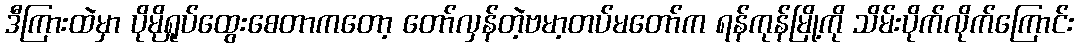
ဒီကြားထဲမှာ ပိုမိုရှုပ်ထွေးစေတာကတော့ တော်လှန်တဲ့ဗမာ့တပ်မတော်က ရန်ကုန်မြို့ကို သိမ်းပိုက်လိုက်ကြောင်း